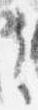
之